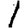
Digit: 1